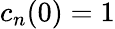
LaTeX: c_{n}(0)=1